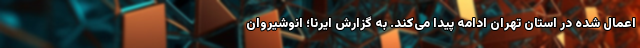
اعمال شده در استان تهران ادامه پیدا می‌کند. به گزارش ایرنا؛ انوشیروان